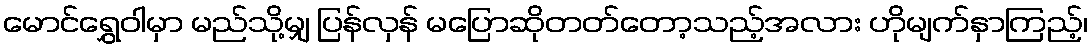
မောင်ရွှေဝါမှာ မည်သို့မျှ ပြန်လှန် မပြောဆိုတတ်တော့သည့်အလား ဟိုမျက်နှာကြည့်၊